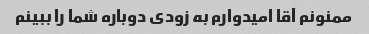
ممنونم آقا امیدوارم به زودی دوباره شما را ببینم